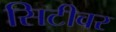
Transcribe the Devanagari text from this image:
सिटीवर